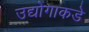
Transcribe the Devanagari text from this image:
उद्योगाकडे